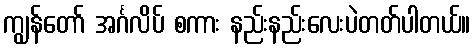
ကျွန်တော် အင်္ဂလိပ် စကား နည်းနည်းလေးပဲတတ်ပါတယ်။